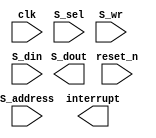
module Factorial_Top(clk, reset_n, S_sel, S_wr, S_address, S_din, S_dout, interrupt);
	input clk, reset_n;
	input S_sel, S_wr;
	input [7:0] S_address;
	input [31:0] S_din;

	output interrupt;
	output [31:0] S_dout;

endmodule